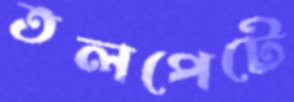
তলপেটে